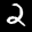
Label: 2